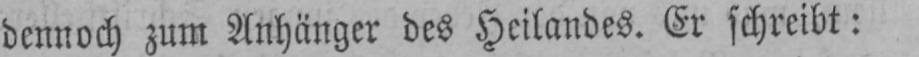
dennoch zum Anhänger des Heilandes. Er schreibt: